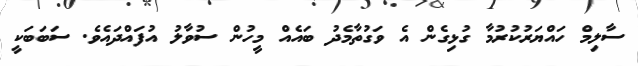
ސާލިމް ހައްޔަރުކުރުމާ ގުޅިގެން އެ ވަގުތާމެދު ބައެއް މީހުން ސުވާލު އުފައްދައެވެ. ސަބަބަކީ